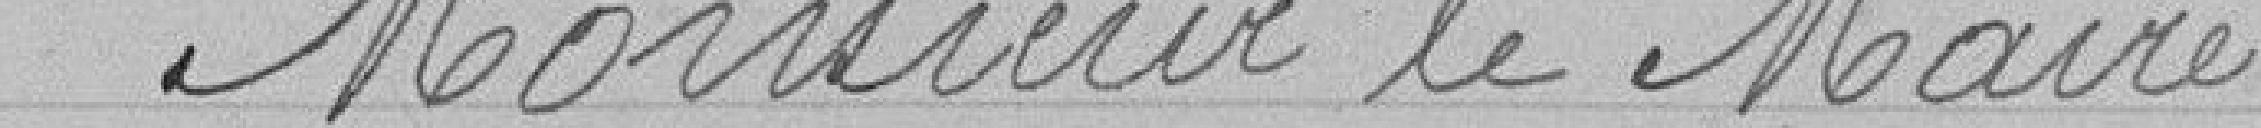
Monsieur le Maire